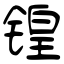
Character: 锽